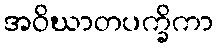
အဝိဃာတပက္ခိကာ